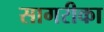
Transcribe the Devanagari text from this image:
सागरीका